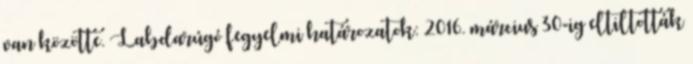
van közötte. Labdarúgó fegyelmi határozatok: 2016. március 30-ig eltiltották